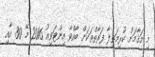
މި މަޤާމަށް ކުރިމަތިލާ ފަރާތްތަކަށް ބާއްވާ އިންޓަވިއު 2016 މޭ 30 އާއި